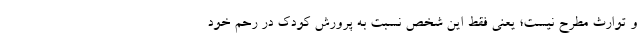
و توارث مطرح نیست؛ یعنی فقط این شخص نسبت به پرورش کودک در رحم خود